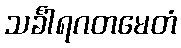
သင်္ခါရဂတမေတံ